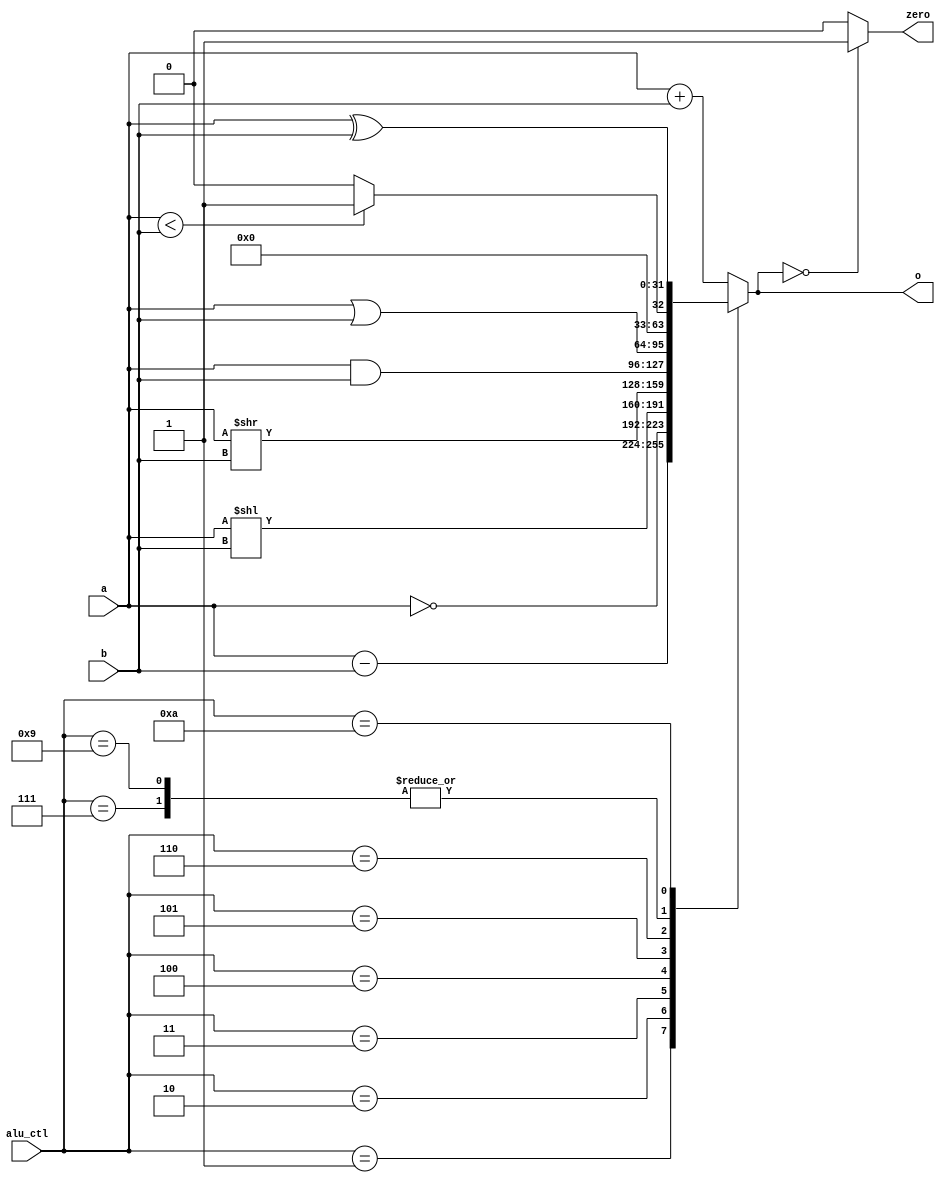
module alu (
    input [3:0] alu_ctl,
    input [31:0] a,
    input [31:0] b,
    output reg [31:0] o,
    output zero
);

always @ (*)
begin
    case( alu_ctl )
    4'b0000 : o = a + b; // add
    4'b0001 : o = a - b; // sub
    4'b0010 : o = ~a; 
    4'b0011 : o = a << b; // shift left
    4'b0100 : o = a >> b; // shirt right
    4'b0101 : o = a & b; // and
    4'b0110 : o = a | b; // or
    4'b0111 : begin // LT
        if (a<b) o = 32'd1;
        else o = 32'd0;
    end
    4'b1001 : begin  // LTU TODO: what is this?
        if (a<b) o = 32'd1;
        else o = 32'd0;
    end
    4'b1010 : o = a ^ b; // xor
    default: o = a + b;
    endcase
end
assign zero = (o == 32'd0) ? 1'b1 : 1'b0;

endmodule